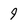
Character: 9